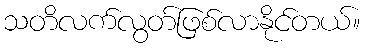
သတိလက်လွတ်ဖြစ်လာနိုင်တယ်။